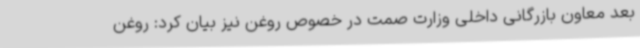
بعد معاون بازرگانی داخلی وزارت صمت در خصوص روغن نیز بیان کرد: روغن